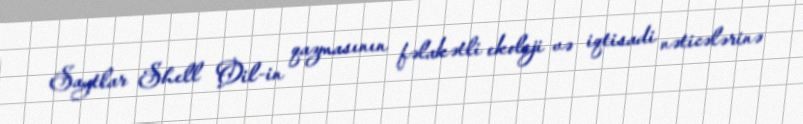
Saytlar Shell Oil-in qazmasının fəlakətli ekoloji və iqtisadi nəticələrinə